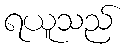
ရယူသည်